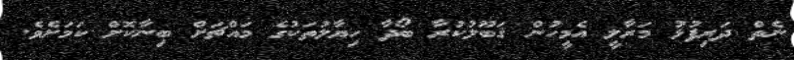
ނެތް ދަރިފުޅު މަރާލީ އެމީހުން ޤަބޫލުކުރާ ބޯދާ ހިޔާލުތަކުގެ މައްޗަށް ބިނާކޮށް ކަމަށެވެ.